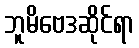
ဘူမိဗေဒဆိုင်ရာ